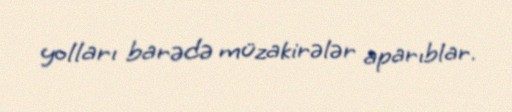
yolları barədə müzakirələr aparıblar.